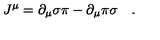
J ^ { \mu } = \partial _ { \mu } \sigma \pi - \partial _ { \mu } \pi \sigma \quad .